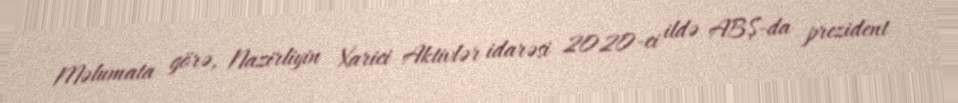
Məlumata görə, Nazirliyin Xarici Aktivlər idarəsi 2020-ci ildə ABŞ-da prezident